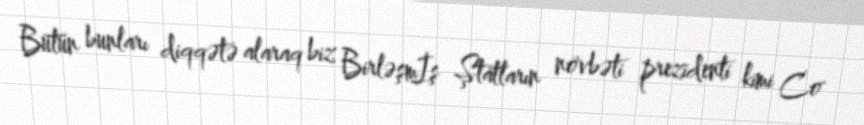
Bütün bunları diqqətə alaraq biz Birləşmİş Ştatların növbəti prezidenti kimi Co